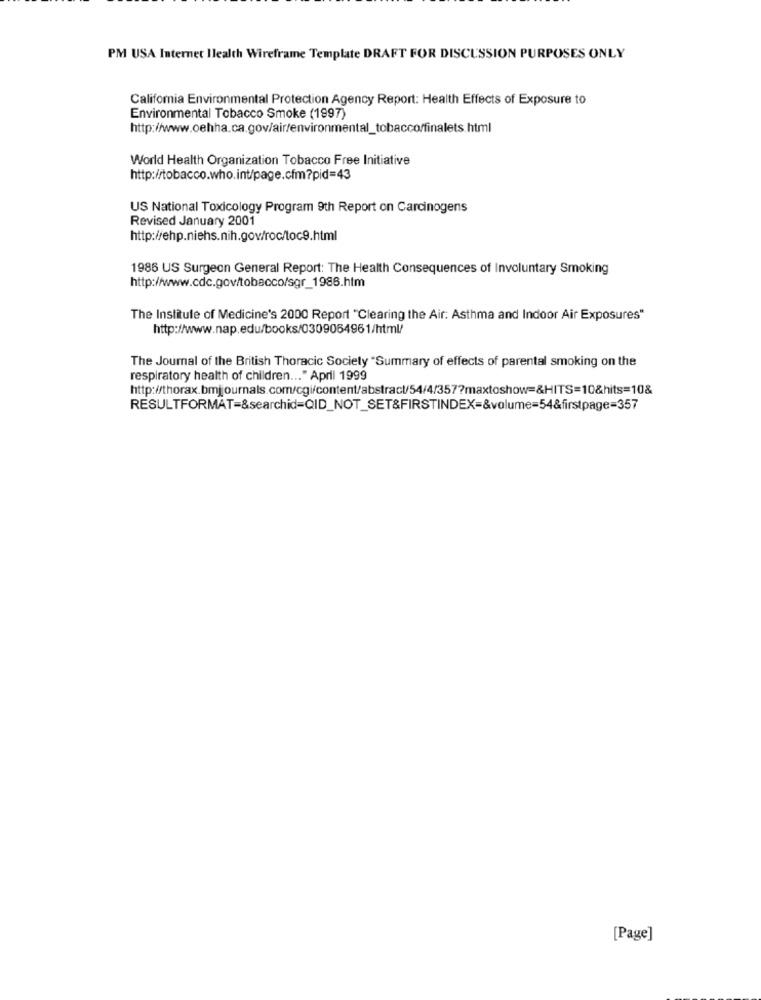
PM USA Internet Health Wireframe Template DRAFT FOR DISCUSSION PURPOSES ONLY
California Environmental Protection Agency Report: Health Effects of Exposure to
Environmental Tobacco Smoke (1997)
http://www.oehha.ca.gov/air/environmental_tobacco/finalets.html
World Health Organization Tobacco Free Initiative
http://tobacco.who.int/page.cfm?pid=43
US National Toxicology Program 9th Report on Carcinogens
Revised January 2001
http://ehp.niehs.nih.gov/roc/toc9.html
1986 US Surgeon General Report: The Health Consequences of Involuntary Smoking
http://www.cdc.gov/tobacco/sgr_1986.htm
The Institute of Medicine's 2000 Report "Clearing the Air: Asthma and Indoor Air Exposures"
http://www.nap.edu/books/0309064961/html/
The Journal of the British Thoracic Society "Summary of effects of parental smoking on the
respiratory health of children ... " April 1999
http://thorax.bmjjournals.com/cgi/content/abstract/54/4/357?maxtoshow=&HITS=10&hits=10&
RESULTFORMAT=&searchid=QID_NOT_SET&FIRSTINDEX=&volume=54&firstpage=357
[Page]